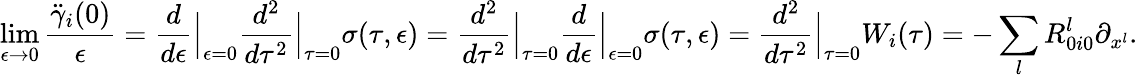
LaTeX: \operatorname*{lim}_{\epsilon\to 0}\frac{\ddot{\gamma}_{i}(0)}{\epsilon}=\frac{d}{d\epsilon}\Big\vert_{\epsilon=0}\frac{d^{2}}{d\tau^{2}}\Big\vert_{\tau=0}\sigma(\tau,\epsilon)=\frac{d^{2}}{d\tau^{2}}\Big\vert_{\tau=0}\frac{d}{d\epsilon}\Big\vert_{\epsilon=0}\sigma(\tau,\epsilon)=\frac{d^{2}}{d\tau^{2}}\Big\vert_{\tau=0}W_{i}(\tau)=-\sum_{l}R_{0i0}^{l}\partial_{x^{l}}.